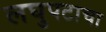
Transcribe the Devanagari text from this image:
लघुपटाचा